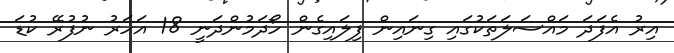
އިރު އެފަދަ މައްސަލަތަކުގައި ގިނައިން ފިލައިގެން ހޯދަމުންދަނީ 18 އަހަރު ނުފުރޭ ކުޑަ